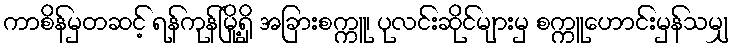
ကာစိန်မှတဆင့် ရန်ကုန်မြို့ရှိ အခြားစက္ကူ၊ ပုလင်းဆိုင်များမှ စက္ကူဟောင်းမှန်သမျှ